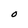
Character: 0